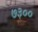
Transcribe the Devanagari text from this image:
७३००